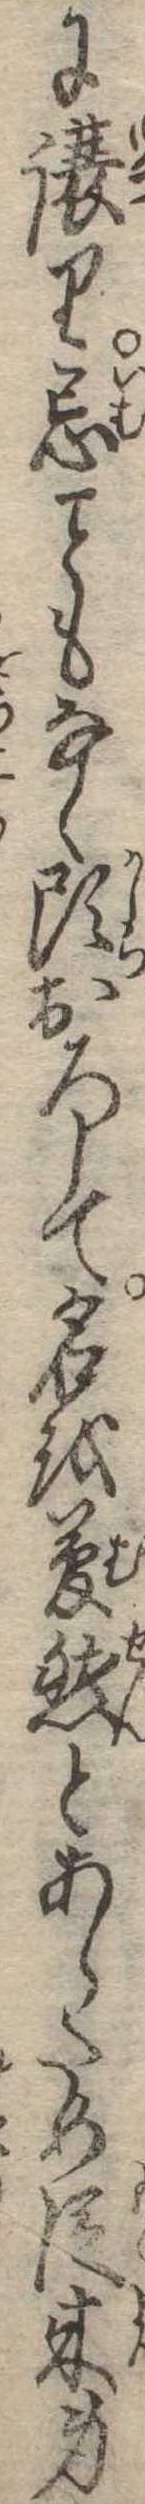
に譲り忌もなく頭おろして名を夢然とあらため従来身